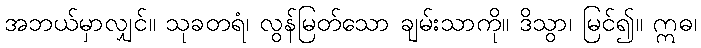
အဘယ်မှာလျှင်။ သုခတရံ၊ လွန်မြတ်သော ချမ်းသာကို။ ဒိသွာ၊ မြင်၍။ ဣဓ၊